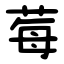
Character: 莓